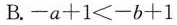
B.$$- a + 1 < - b + 1$$